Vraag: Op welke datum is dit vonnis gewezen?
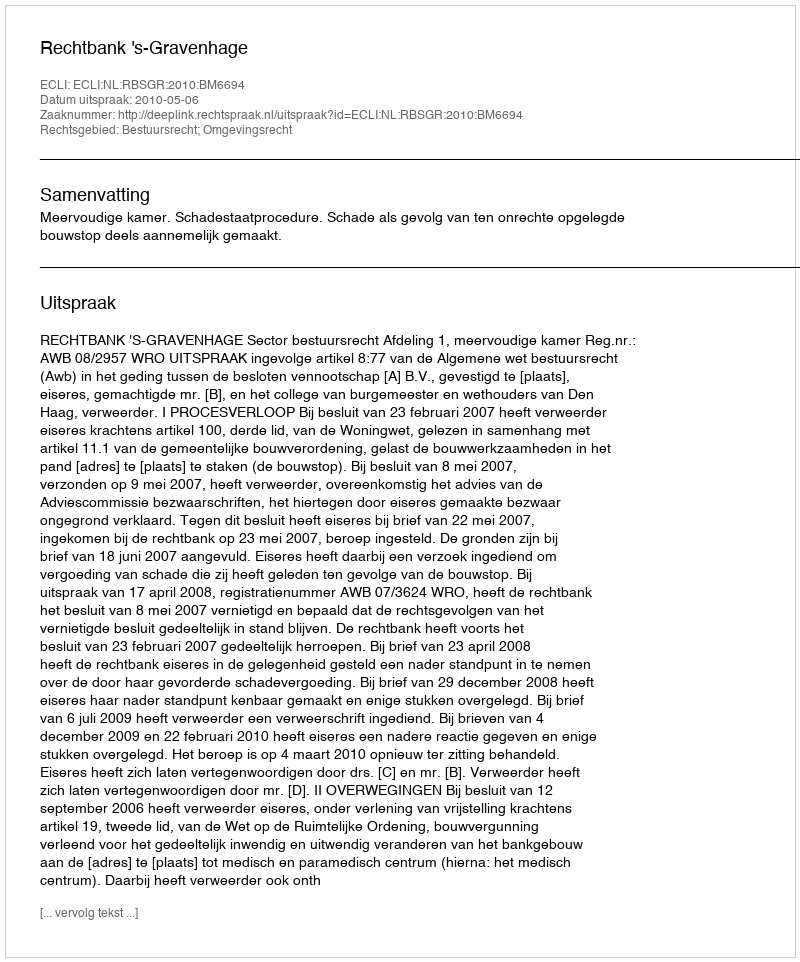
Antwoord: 2010-05-06